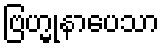
ဗြဟ္မုနာပေသာ